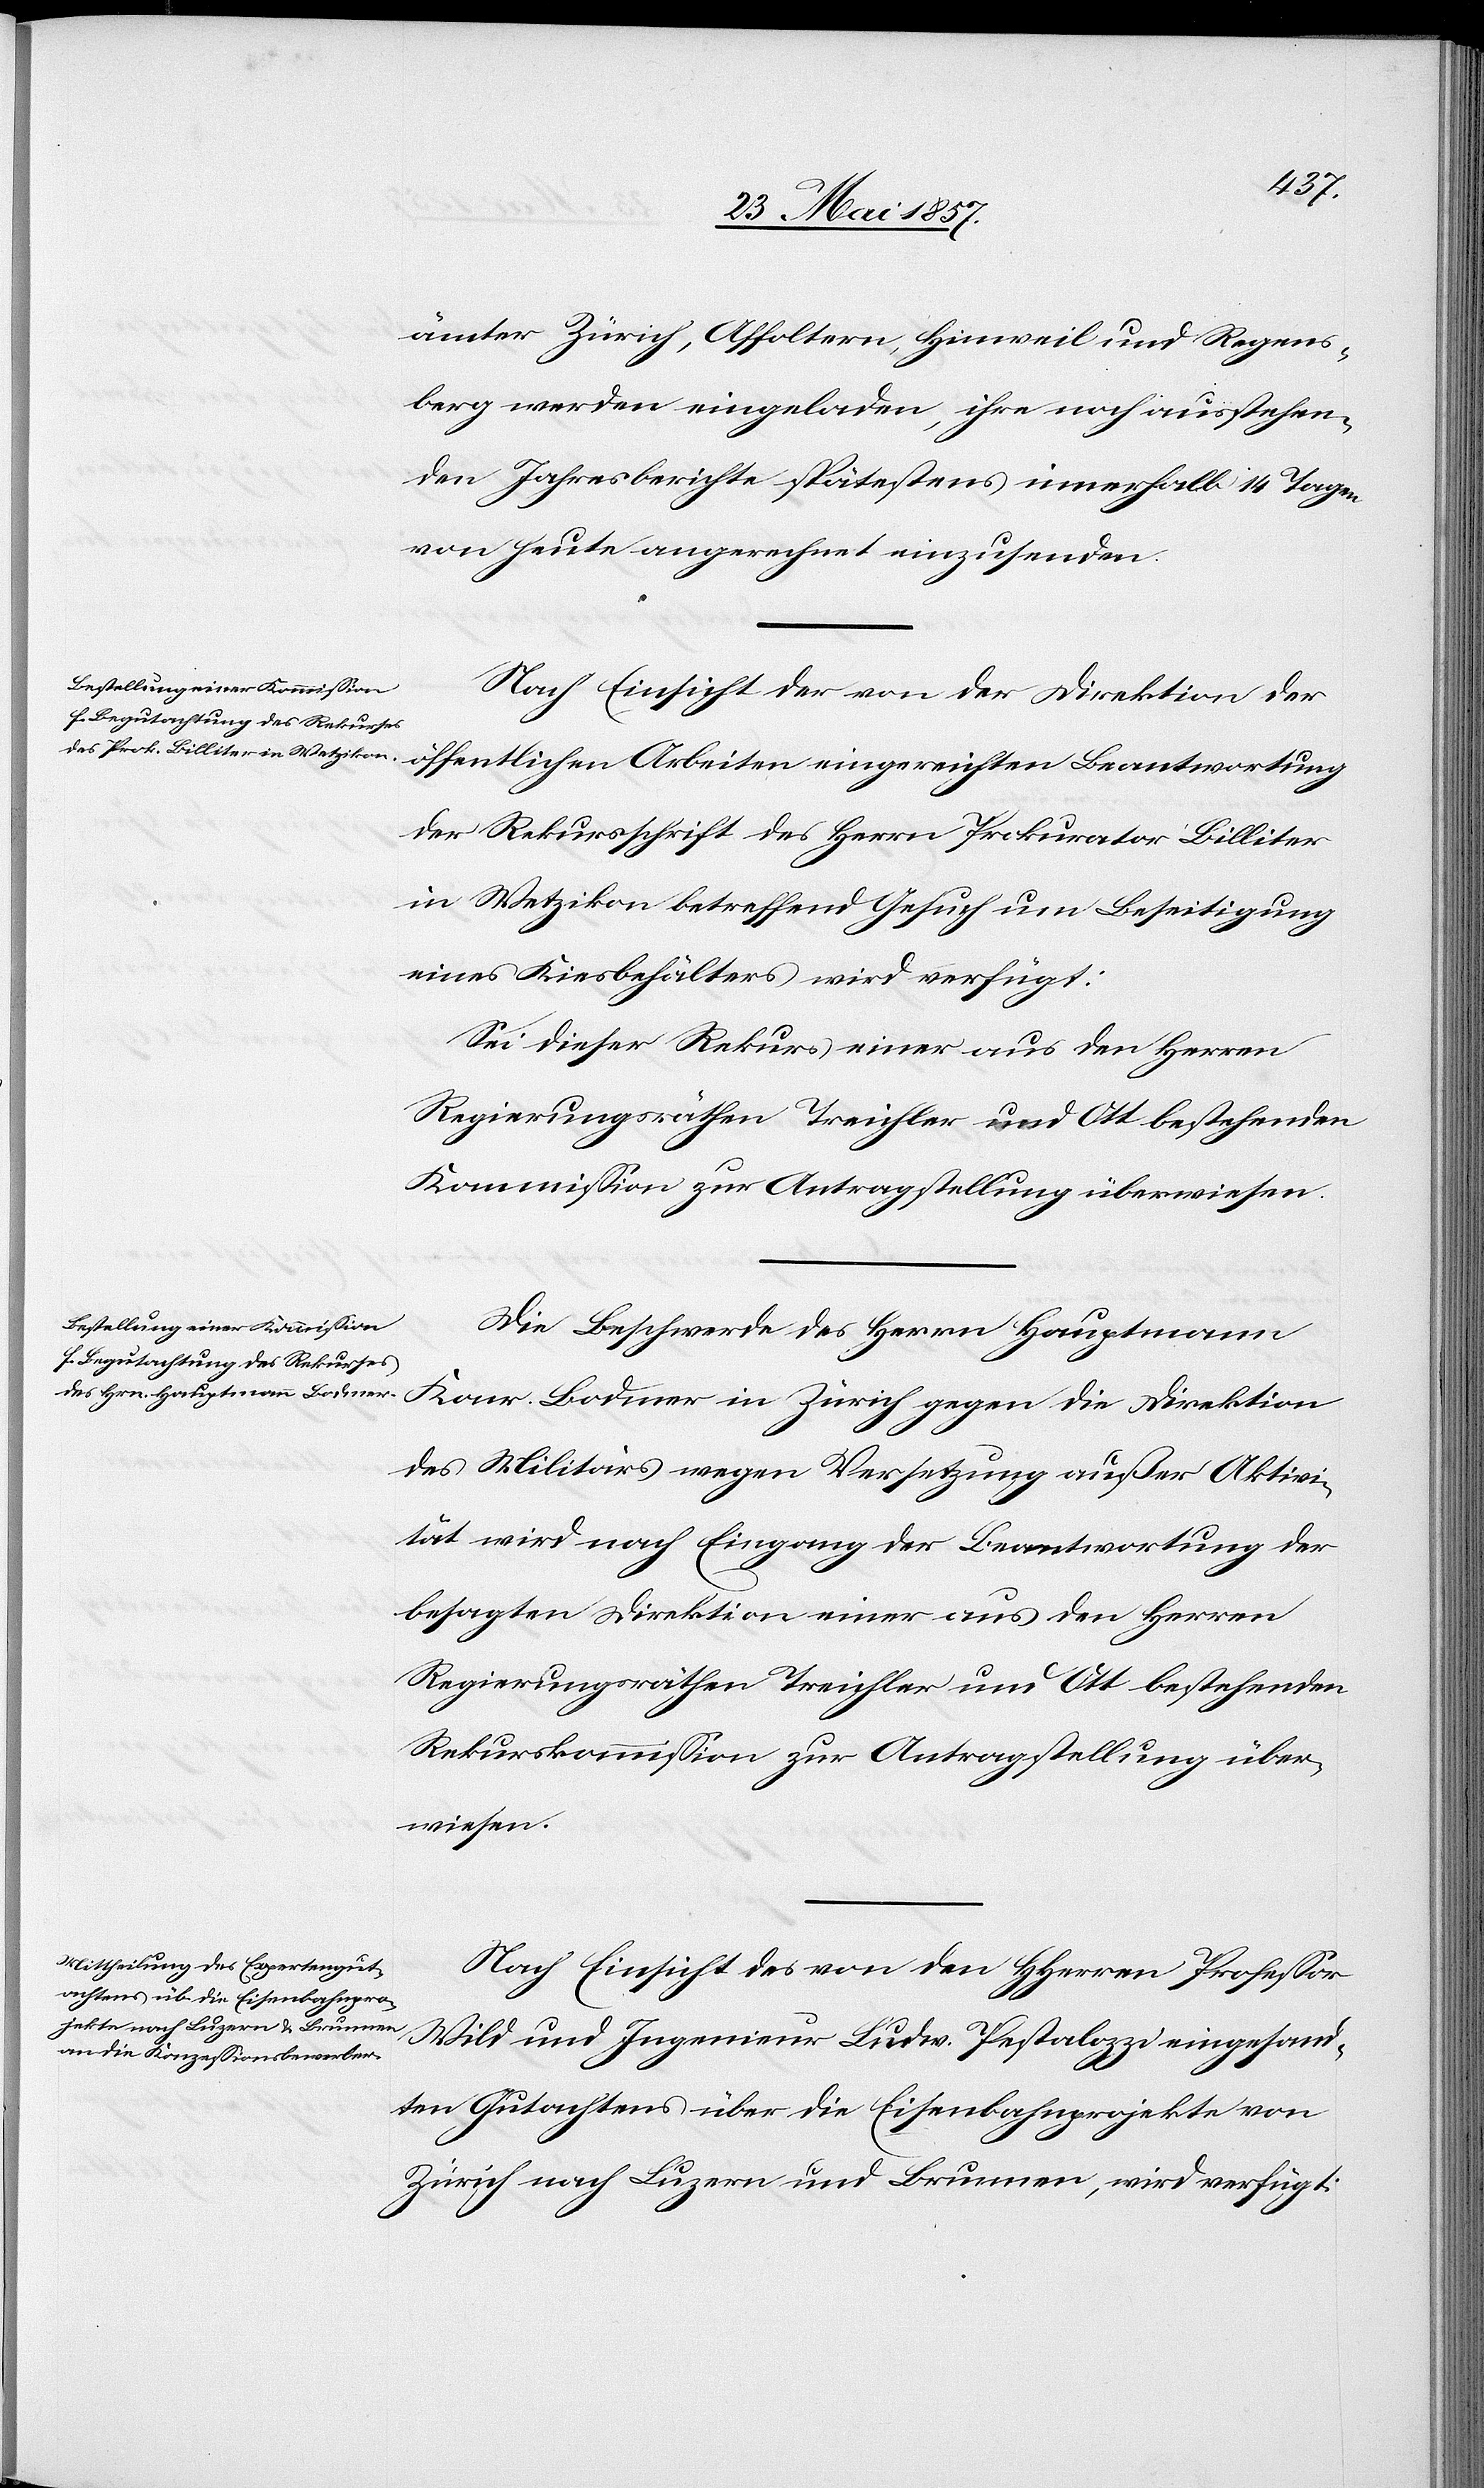
ämter Zürich, Affoltern, Hinweil und Regens¬
berg werden eingeladen, ihre noch ausstehen¬
den Jahresberichte spätestens innerhalb 14 Tagen
von heute angerechnet einzusenden.
Nach Einsicht der von der Direktion der
öffentlichen Arbeiten eingereichten Beantwortung
der Rekursschrift des Herrn Prokurator Billiter
in Wetzikon betreffend das Gesuch um Beseitigung
eines Kiesbehälters wird verfügt:
Sei dieser Rekurs einer aus den Herrn
Regierungsräthen Treichler und Ott bestehenden
Kommission zur Antragstellung überwiesen.
Die Beschwerde des Herrn Hauptmann
Konr. Bodmer in Zürich gegen die Direktion
des Militärs wegen Versetzung außer Aktivi¬
tät wird nach Eingang der Beantwortung der
besagten Direktion einer aus den Herren
Regierungsräthen Treichler und Ott bestehenden
Rekurskommission zur Antragstellung über¬
wiesen.
Nach Einsicht des von den HHerren Professor
Wild und Ingenieur Ludw. Pestalozzi eingesand¬
ten Gutachtens über die Eisenbahnprojekte von
Zürich nach Luzern und Brunnen, wird verfügt: